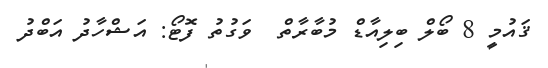
ޤައުމީ 8 ބޯލް ބިލިއާޑް މުބާރާތް  ވަގުތު ފޮޓޯ: އަޝްހާދު އަބްދު